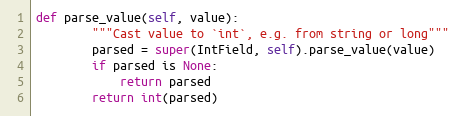
Language: Python
def parse_value(self, value):
        """Cast value to `int`, e.g. from string or long"""
        parsed = super(IntField, self).parse_value(value)
        if parsed is None:
            return parsed
        return int(parsed)